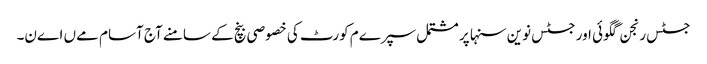
جسٹس رنجن گگوئی اور جسٹس نوین سنہا پر مشتمل سپرےم کورٹ کی خصوصی بنچ کے سامنے آج آسام مےں اےن۔